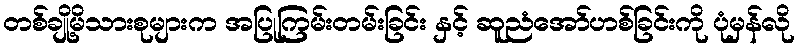
တစ်ချို့မိသားစုများက အပြုကြမ်းတမ်းခြင်း နှင့် ဆူညံအော်ဟစ်ခြင်းကို ပုံမှန်လို